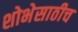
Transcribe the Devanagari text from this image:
शोभेसाठीच